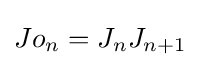
Jo_{n}=J_{n}J_{n+1}